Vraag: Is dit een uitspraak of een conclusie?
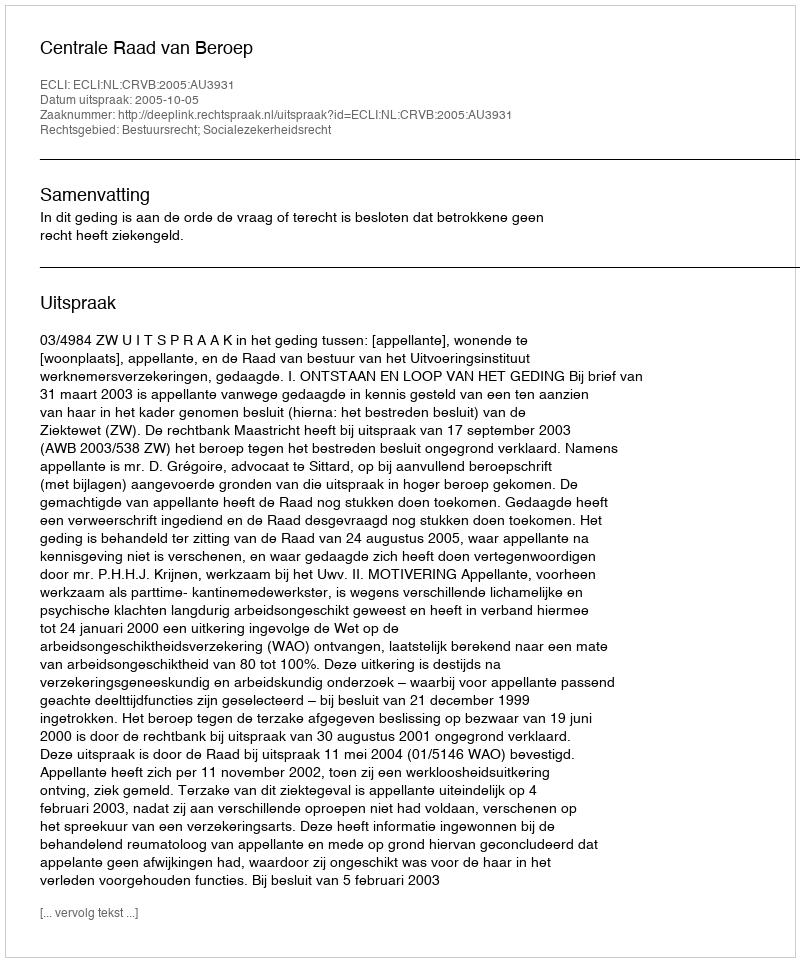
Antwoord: Uitspraak